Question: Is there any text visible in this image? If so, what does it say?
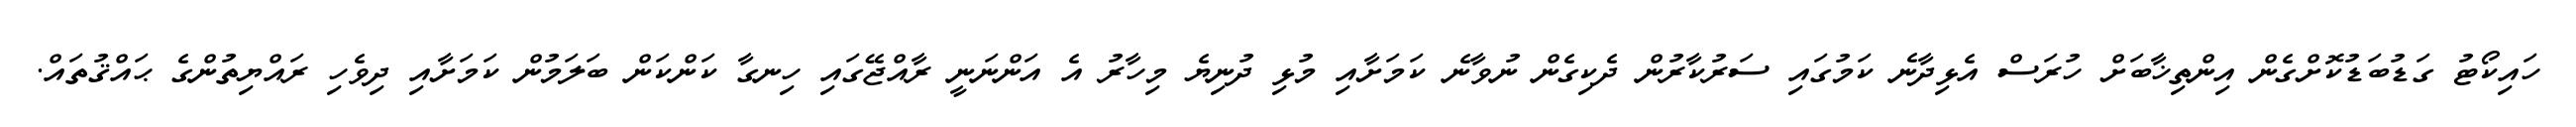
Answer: ހައިކޯޓު ގަޑުބަޑުކޮށްގެން އިންތިޚާބަށް ހުރަސް އެޅިދާނެ ކަމުގައި ސަރުކާރުން ދެކިގެން ނުވާނެ ކަމަށާއި މުޅި ދުނިޔެ މިހާރު އެ އަންނަނީ ރާއްޖޭގައި ހިނގާ ކަންކަން ބަލަމުން ކަމަށާއި ދިވެހި ރައްޔިތުންގެ ޙައްޤުތައް.